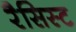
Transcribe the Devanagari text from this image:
रैसिस्ट